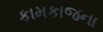
કામકાજના